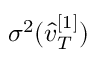
\sigma ^ { 2 } ( \hat { v } _ { T } ^ { [ 1 ] } )